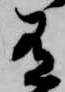
有